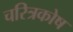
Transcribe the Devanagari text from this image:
चरित्रकोष